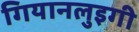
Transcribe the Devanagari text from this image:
गियानलुइगी